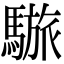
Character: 𩥆